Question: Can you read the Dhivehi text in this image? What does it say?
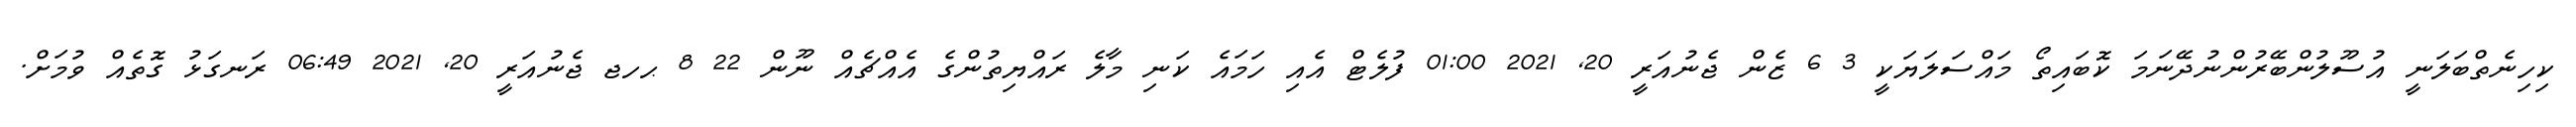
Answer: ކިހިނެތްބަލަނީ އުސޫލުންބޭރުންނުދޭނަމަ ކޮބައިތޯ މައްސަލަޔަކީ 3 6 ޒެން ޖެނުއަރީ 20, 2021 01:00 ފުލެޓް އެއި ހަމައެ ކަނި މާލެ ރައްޔިތުންގެ އެއްޗެއް ނޫން 22 8 ޙހޖ ޖެނުއަރީ 20, 2021 06:49 ރަނގަޅު ގޮތެއް ވުމަށް.